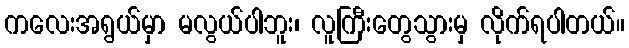
ကလေးအရွယ်မှာ မလွယ်ပါဘူး၊ လူကြီးတွေသွားမှ လိုက်ရပါတယ်။